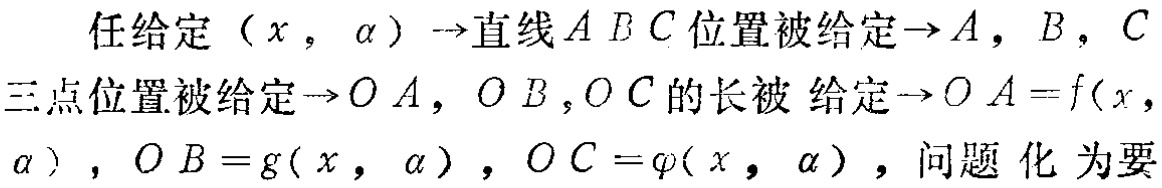
任给定\((x,\alpha)\to\)直线\(ABC\)位置被给定\(\to A,B,C\)三点位置被给定\(\to OA,OB,OC\)的长被给定\(\to OA = f(x,\alpha)\)，\(OB = g(x,\alpha)\)，\(OC=\varphi(x,\alpha)\)，问题化为要